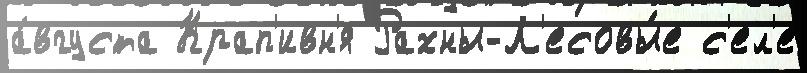
а́вгуста Крап'ивн'я Рахны-Л'есовы́е с'ел'е